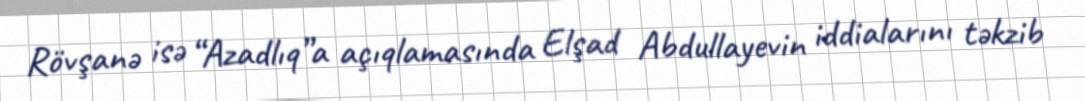
Rövşanə isə “Azadlıq”a açıqlamasında Elşad Abdullayevin iddialarını təkzib